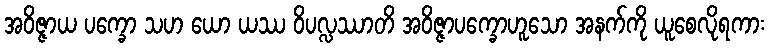
အဝိဇ္ဇာယ ပက္ခော သဟ ယော ယဿ ဝိပလ္လဿာတိ အဝိဇ္ဇာပက္ခောဟူသော အနက်ကို ယူစေလိုရကား